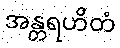
အန္တရဟိတံ